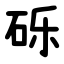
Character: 砾